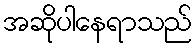
အဆိုပါနေရာသည်